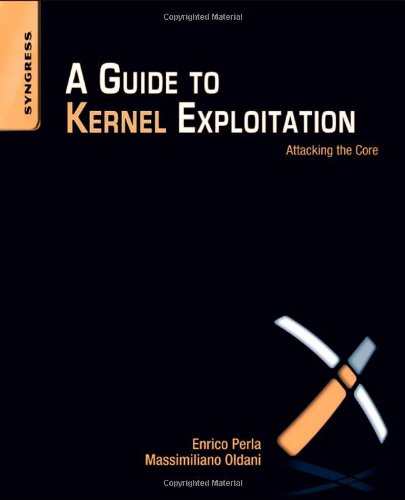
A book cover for A Guide to Kernel Exploitation: Attacking the Core; Enrico Perla B.Sc.  Computer Science  University of Torino  M.Sc.  Computer Science  Trinity College  Dublin; Computers & Technology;